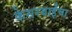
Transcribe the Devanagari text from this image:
केसरबाईंचा